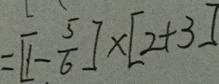
= [ 1 - \frac { 5 } { 6 } ] \times [ 2 + 3 ]